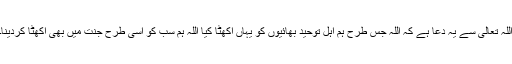
اللہ تعالیٰ سے یہ دعا ہے کہ اللہ جس طرح ہم اہل توحید بھائیوں کو یہاں اکھٹا کیا اللہ ہم سب کو اسی طرح جنت میں بھی اکھٹا کردینا۔